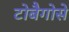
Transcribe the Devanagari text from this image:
टोबैगोसे